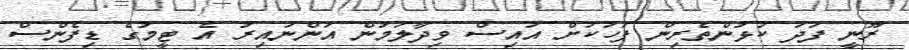
ރޫނީ ފަދަ ކުޅުންތެރިން ފަހަކަށް އައިސް ވިދާލަމުން އަންނައިރު އެ ޓީމުގެ ޑިފެންސް